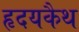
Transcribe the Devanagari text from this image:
हृदयकैथ